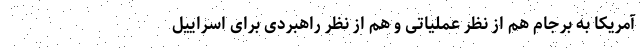
آمریکا به برجام هم از نظر عملیاتی و هم از نظر راهبردی برای اسراییل